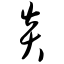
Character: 炎